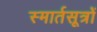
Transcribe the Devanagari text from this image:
स्मार्तसूत्रों